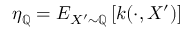
\eta _ { \mathbb { Q } } = E _ { X ^ { \prime } \sim \mathbb { Q } } \left[ k ( \cdot , X ^ { \prime } ) \right]